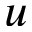
u